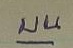
บน